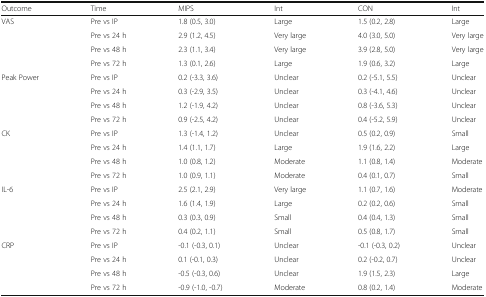
| Outcome | Time | MIPS | Int | CON | Int |
 | --- | --- | --- | --- | --- | --- |
 | <ROWSPAN=4> VAS | Pre vs IP | 1.8 (0.5, 3.0) | Large | 1.5 (0.2, 2.8) | Large |
 | Pre vs 24 h | 2.9 (1.2, 4.5) | Very large | 4.0 (3.0, 5.0) | Very large |
 | Pre vs 48 h | 2.3 (1.1, 3.4) | Very large | 3.9 (2.8, 5.0) | Very large |
 | Pre vs 72 h | 1.3 (0.1, 2.6) | Large | 1.9 (0.6, 3.2) | Large |
 | <ROWSPAN=4> Peak Power | Pre vs IP | 0.2 (-3.3, 3.6) | Unclear | 0.2 (-5.1, 5.5) | Unclear |
 | Pre vs 24 h | 0.3 (-2.9, 3.5) | Unclear | 0.3 (-4.1, 4.6) | Unclear |
 | Pre vs 48 h | 1.2 (-1.9, 4.2) | Unclear | 0.8 (-3.6, 5.3) | Unclear |
 | Pre vs 72 h | 0.9 (-2.5, 4.2) | Unclear | 0.4 (-5.2, 5.9) | Unclear |
 | <ROWSPAN=4> CK | Pre vs IP | 1.3 (-1.4, 1.2) | Unclear | 0.5 (0.2, 0.9) | Small |
 | Pre vs 24 h | 1.4 (1.1, 1.7) | Large | 1.9 (1.6, 2.2) | Large |
 | Pre vs 48 h | 1.0 (0.8, 1.2) | Moderate | 1.1 (0.8, 1.4) | Moderate |
 | Pre vs 72 h | 1.0 (0.9, 1.1) | Moderate | 0.4 (0.1, 0.7) | Small |
 | <ROWSPAN=4> IL-6 | Pre vs IP | 2.5 (2.1, 2.9) | Very large | 1.1 (0.7, 1.6) | Moderate |
 | Pre vs 24 h | 1.6 (1.4, 1.9) | Large | 0.2 (0.2, 0.6) | Small |
 | Pre vs 48 h | 0.3 (0.3, 0.9) | Small | 0.4 (0.4, 1.3) | Small |
 | Pre vs 72 h | 0.4 (0.2, 1.1) | Small | 0.5 (0.8, 1.7) | Small |
 | <ROWSPAN=4> CRP | Pre vs IP | -0.1 (-0.3, 0.1) | Unclear | -0.1 (-0.3, 0.2) | Unclear |
 | Pre vs 24 h | 0.1 (-0.1, 0.3) | Unclear | 0.2 (-0.2, 0.7) | Unclear |
 | Pre vs 48 h | -0.5 (-0.3, 0.6) | Unclear | 1.9 (1.5, 2.3) | Large |
 | Pre vs 72 h | -0.9 (-1.0, -0.7) | Moderate | 0.8 (0.2, 1.4) | Moderate |